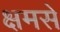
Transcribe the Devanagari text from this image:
क्षमसे